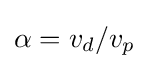
\alpha =v_{d}/v_{p}